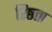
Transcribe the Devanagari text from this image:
रिष्ठता